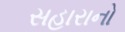
સહારાનો